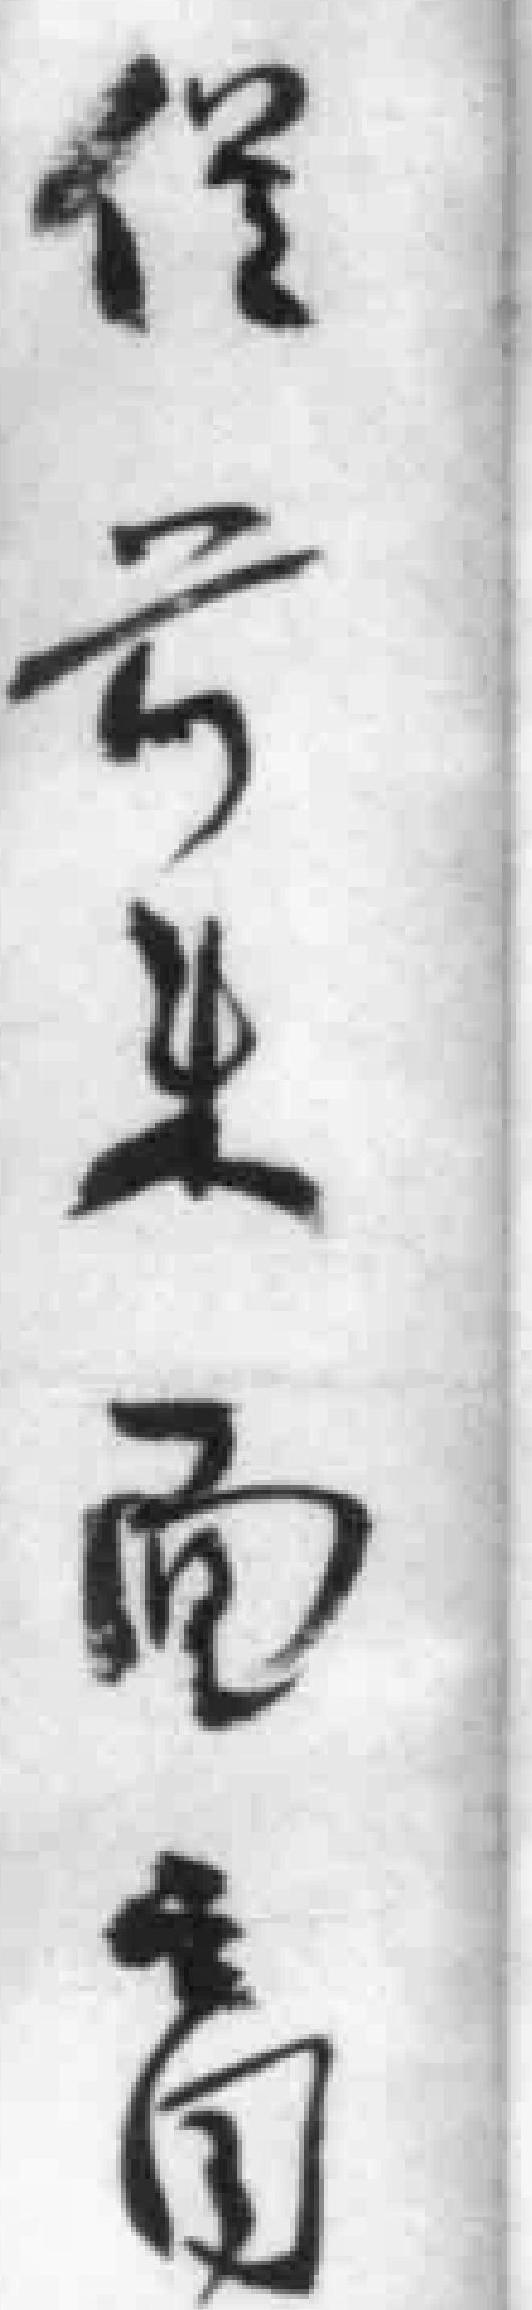
*前*面向